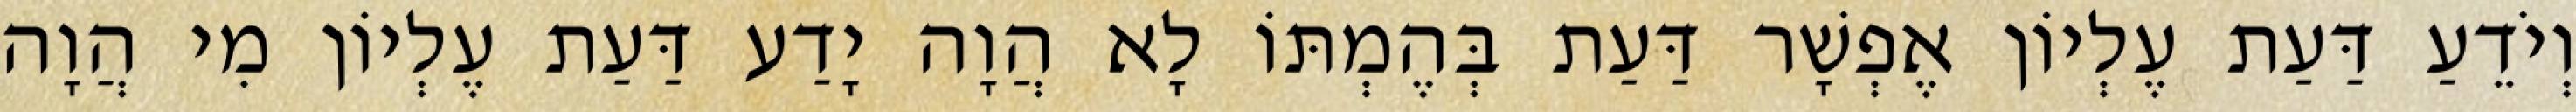
וְיֹדֵעַ דַּעַת עֶלְיוֹן אֶפְשָׁר דַּעַת בְּהֶמְתּוֹ לָא הֲוָה יָדַע דַּעַת עֶלְיוֹן מִי הֲוָה